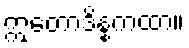
ဣတောဒိန္နကထာ။